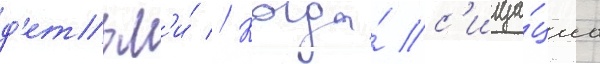
д'етьм'и́ // Когда́ с'итуа́циа